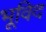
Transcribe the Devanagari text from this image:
भूविद